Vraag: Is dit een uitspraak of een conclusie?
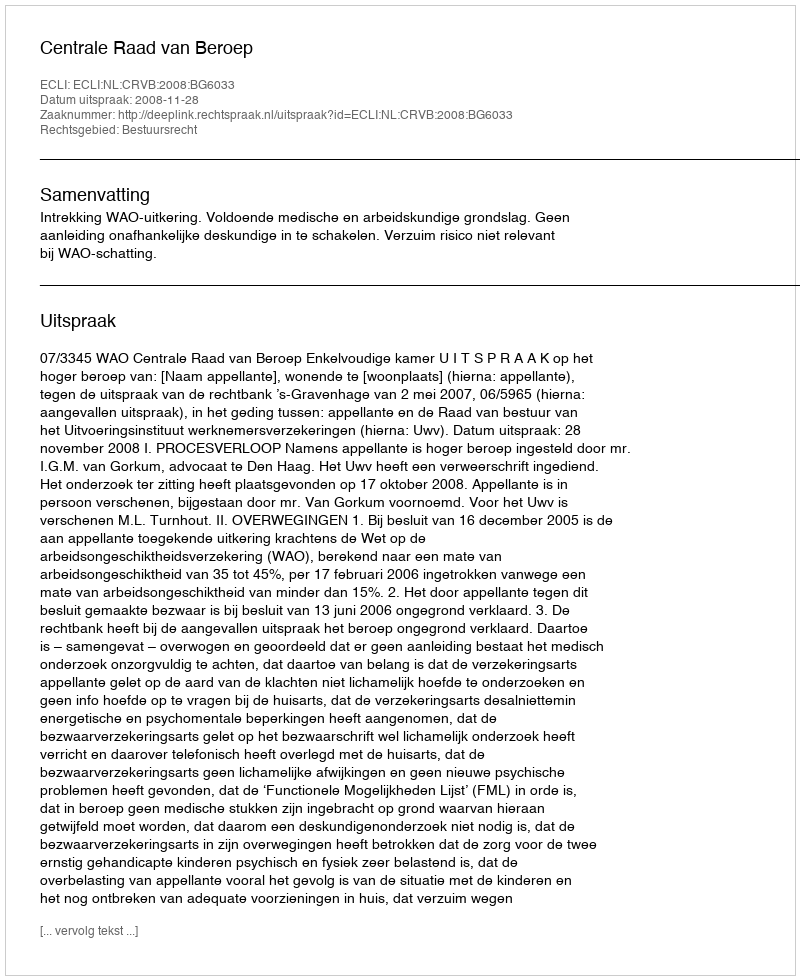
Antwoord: Uitspraak